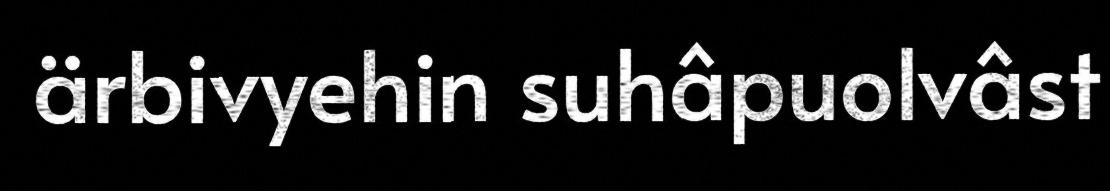
ärbivyehin suhâpuolvâst